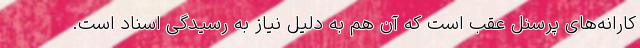
کارانه‌های پرسنل عقب است که آن هم به دلیل نیاز به رسیدگی اسناد است.